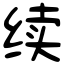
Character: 续